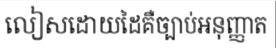
លៀសដោយដៃគឺច្បាប់អនុញ្ញាត